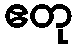
ဧတု